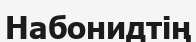
Набонидтің